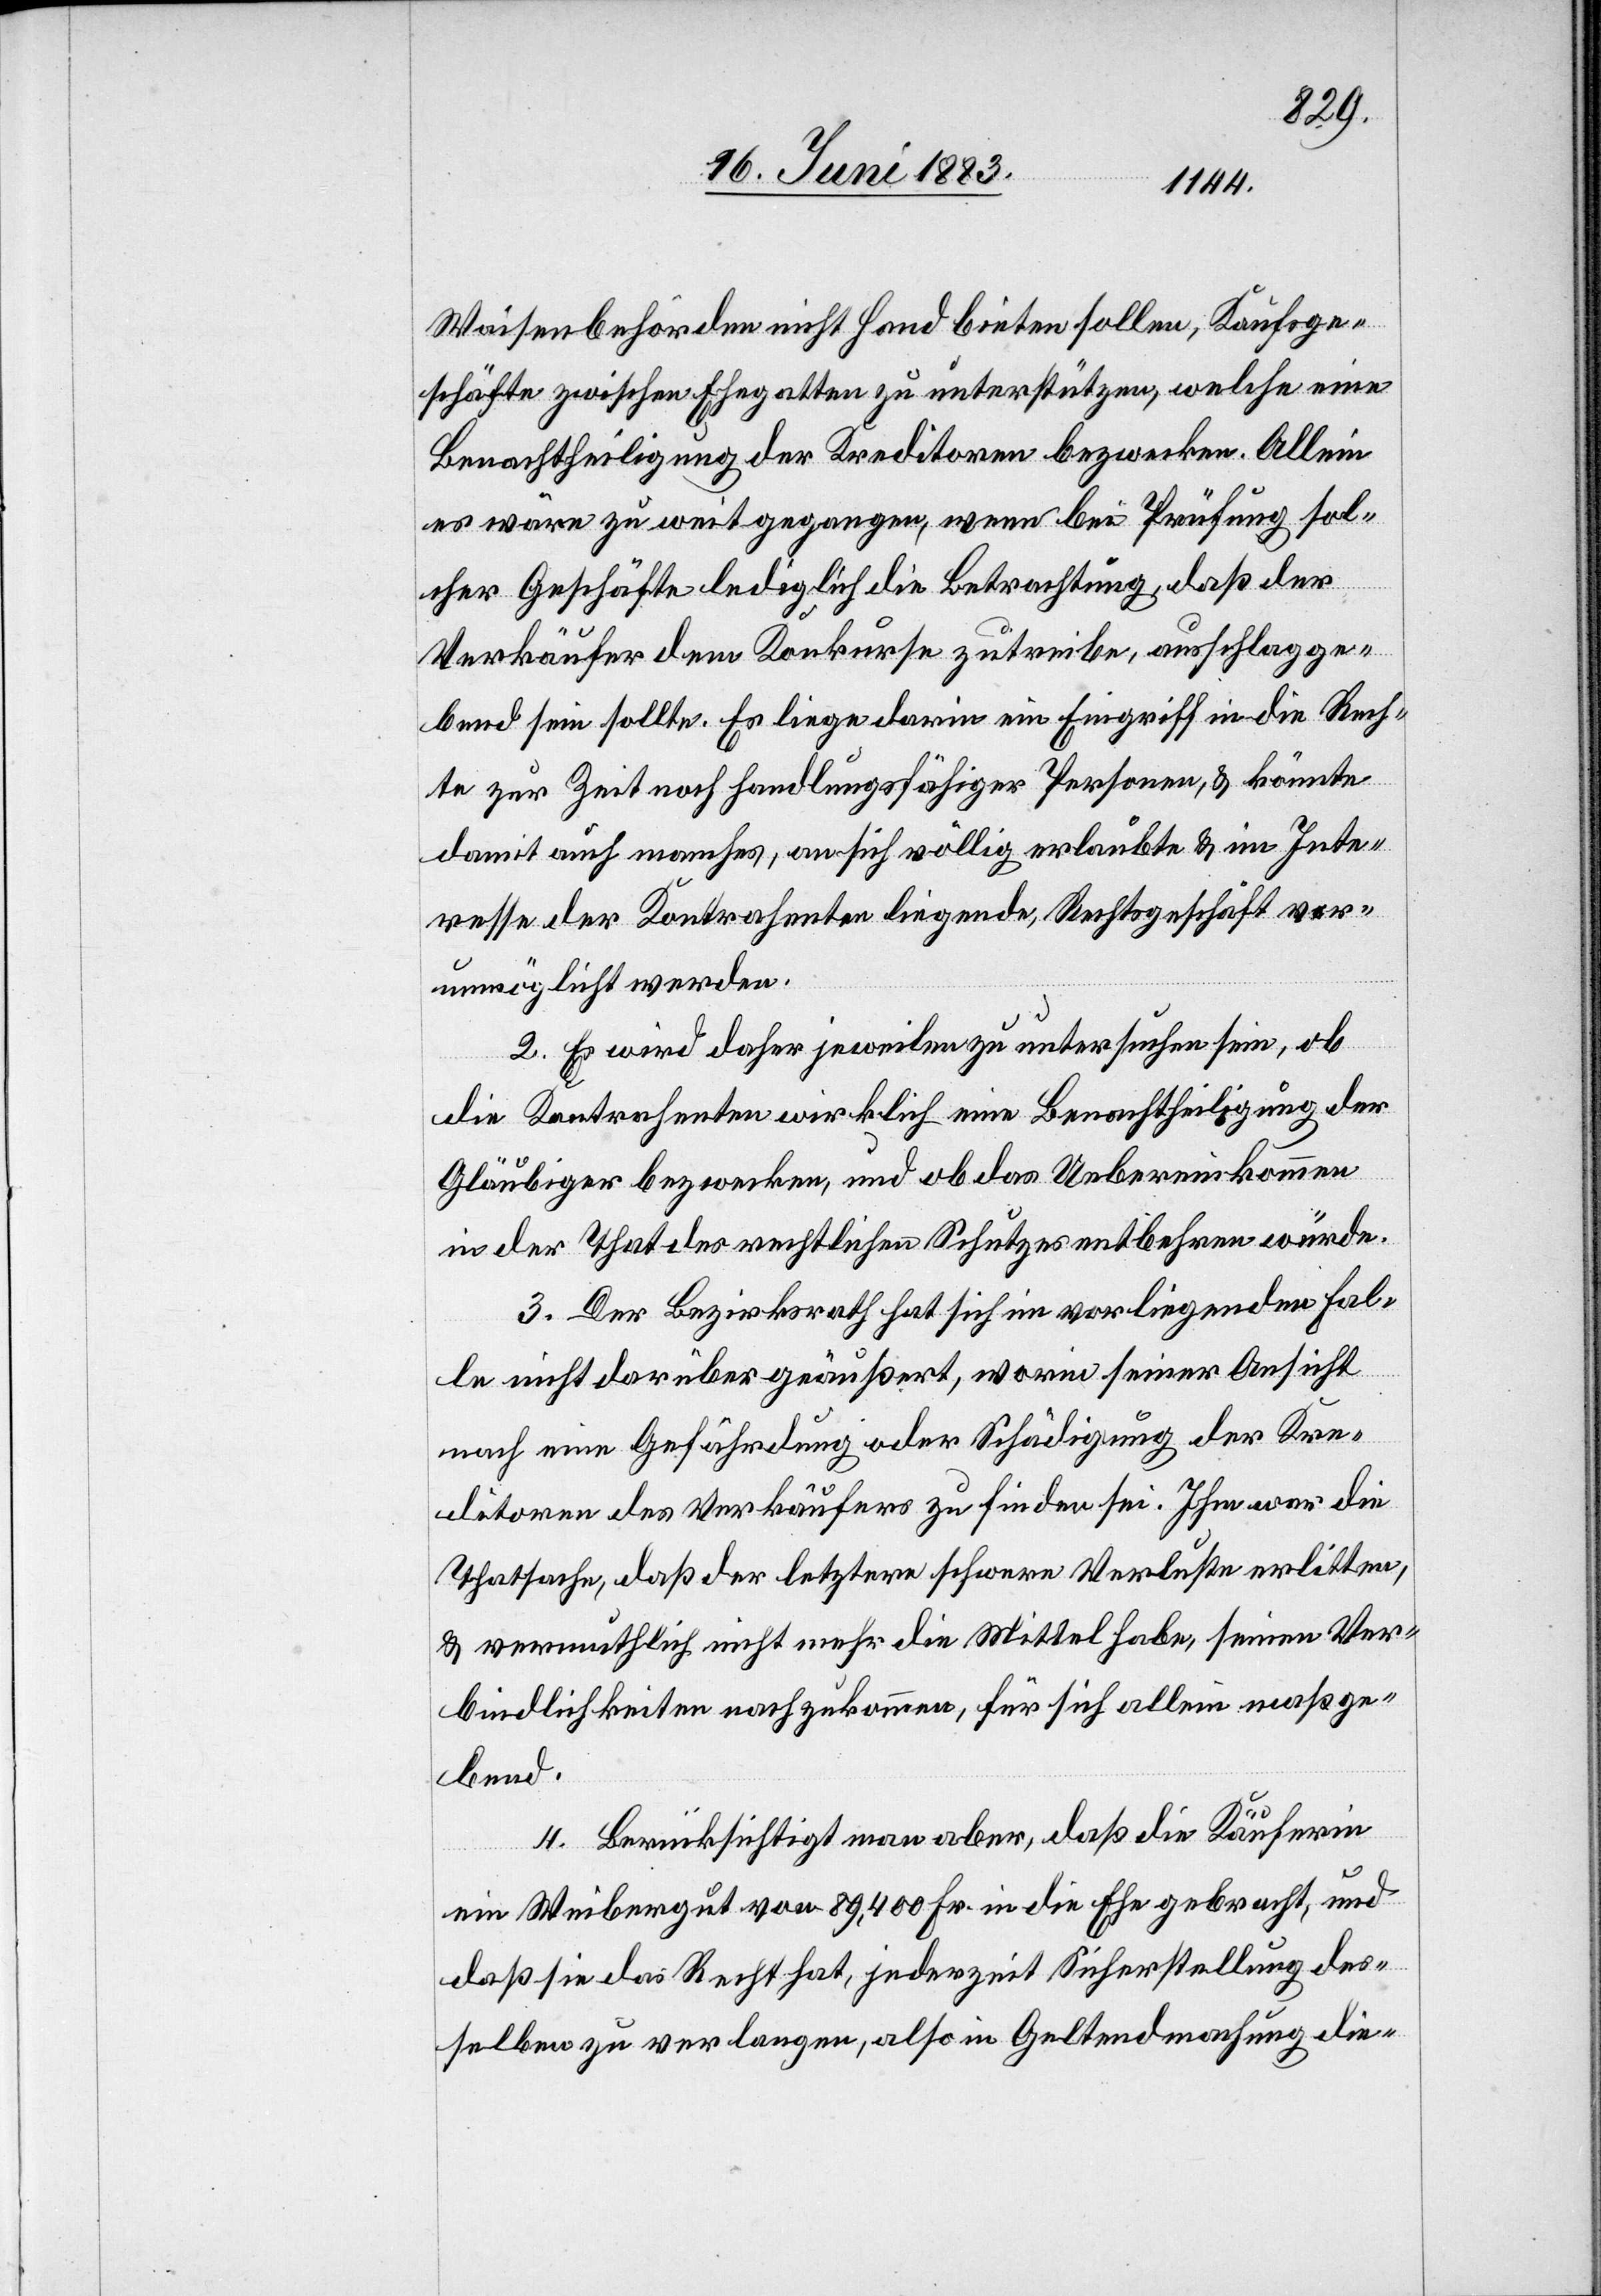
Waisenbehörden nicht Hand bieten sollen, Kaufsge¬
schäfte zwischen Ehegatten zu unterstützen, welche eine
Benachtheiligung der Kreditoren bezwecken. Allein
es wäre zu weit gegangen, wenn bei Prüfung sol¬
cher Geschäfte lediglich die Betrachtung, daß der
Verkäufer dem Konkurse zutreiben, ausschlagge¬
bend sein sollte. Es liege darin ein Eingriff in die Rech¬
te zur Zeit noch handlungsfähiger Personen, & könnte
damit auch manches, an sich völlig erlaubtes & im Inte¬
resse der Kontrahenten liegende, Rechtsgeschäft ver¬
unmöglicht werden.
2. Es wird daher jeweilen zu untersuchen sein, ob
die Kontrahenten wirklich eine Benachtheiligung der
Gläubiger bezwecken, und ob das Uebereinkommen
in der That des rechtlichen Schutzes entbehren würde.
3. Der Bezirksrath hat sich im vorliegenden Fal¬
le nicht darüber geäußert, worin seiner Ansicht
nach eine Gefährdung oder Schädigung der Kre¬
ditoren des Verkäufers zu finden sei. Ihm war die
Thatsache, daß der letztere schwere Verluste erlitten,
& vermuthlich nicht mehr die Mittel habe, seinen Ver¬
bindlichkeiten nachzukommen, für sich allein maßge¬
bend.
4. Berücksichtigt man aber, daß die Käuferin
ein Weibergut von 89,400 Fr. in die Ehe gebracht, und
daß sie das Recht hat, jederzeit Sicherstellung des¬
selben zu verlangen, also in Geltendmachung die-